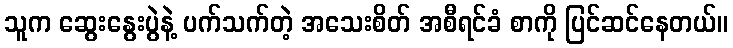
သူက ဆွေးနွေးပွဲနဲ့ ပက်သက်တဲ့ အသေးစိတ် အစီရင်ခံ စာကို ပြင်ဆင်နေတယ်။